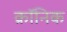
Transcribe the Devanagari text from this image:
क्राॅनिक